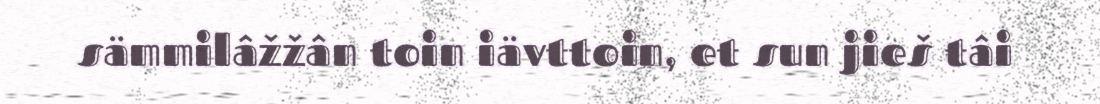
sämmilâžžân toin iävttoin, et sun jieš tâi